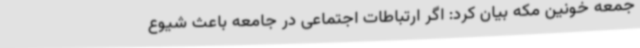
جمعه خونین مکه بیان کرد: اگر ارتباطات اجتماعی در جامعه باعث شیوع